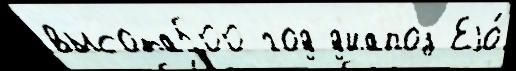
высота500 год д'иапоз Еjо́